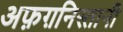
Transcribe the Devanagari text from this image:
अफ़ग़निस्तानी